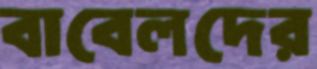
বাবেলদের